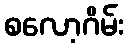
စလော့ဂိမ်း